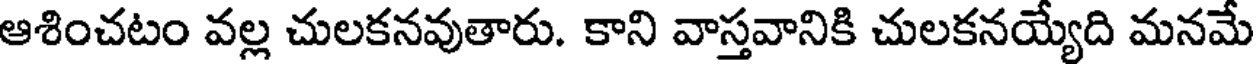
ఆశించటం వల్ల చులకనవుతారు. కాని వాస్తవానికి చులకనయ్యేది మనమే